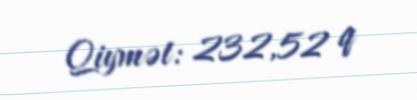
Qiymət: 232,52 q